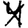
Digit: 4